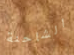
الشاحنة